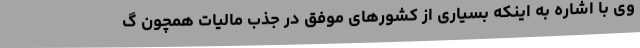
وی با اشاره به اینکه بسیاری از کشورهای موفق در جذب مالیات همچون گ